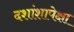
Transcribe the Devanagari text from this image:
दशांशापेक्षा